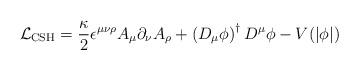
LaTeX: \begin{align*}{\cal L}_{\rm CSH}={\kappa\over 2}\epsilon^{\mu\nu\rho}A_\mu\partial_\nu A_\rho +\left(D_\mu\phi\right)^\dagger D^\mu \phi -V(|\phi |)\end{align*}